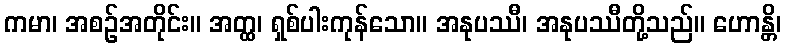
ကမာ၊ အစဉ်အတိုင်း။ အတ္ထ၊ ရှစ်ပါးကုန်သော။ အနုပဿီ၊ အနုပဿီတို့သည်။ ဟောန္တိ၊